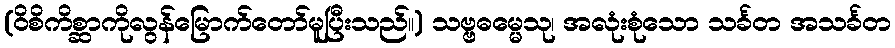
(ဝိစိကိစ္ဆာကိုလွန်မြောက်တော်မူပြီးသည်။) သဗ္ဗဓမ္မေသု၊ အလုံးစုံသော သင်္ခတ အသင်္ခတ